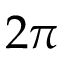
2 \pi